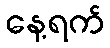
နေ့ရက်